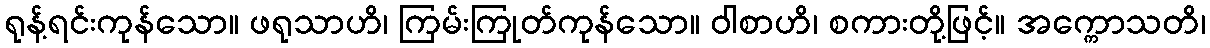
ရုန့်ရင်းကုန်သော။ ဖရုသာဟိ၊ ကြမ်းကြုတ်ကုန်သော။ ဝါစာဟိ၊ စကားတို့ဖြင့်။ အက္ကောသတိ၊